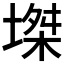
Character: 𡏝